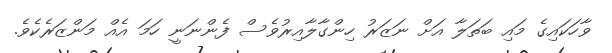
ވާހަކައިގެ މައި ބަތަލާ އަށް ނަޒަރު ހިންގާލާއިރުވެސް ފެންނަނީ ހަމަ އެއް މަންޒަރެކެވެ.